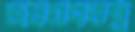
জনগণতন্ত্র